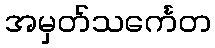
အမှတ်သင်္ကေတ